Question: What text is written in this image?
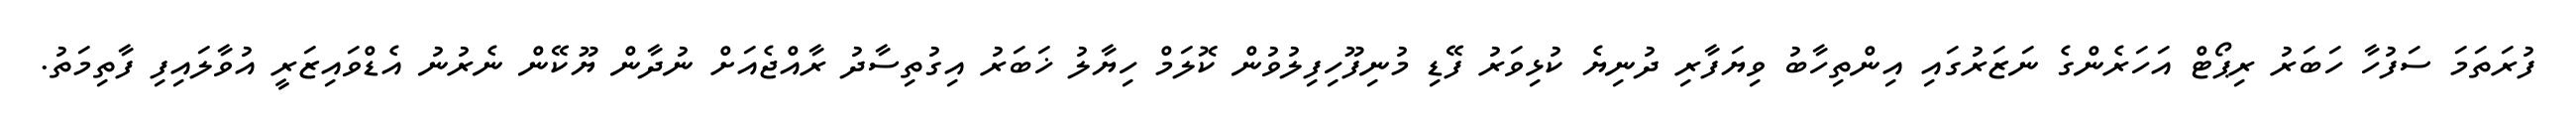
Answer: ފުރަތަމަ ސަފުހާ ހަބަރު ރިޕޯޓް އަހަރެންގެ ނަޒަރުގައި އިންތިހާބު ވިޔަފާރި ދުނިޔެ ކުޅިވަރު ފޭޑި މުނިފޫހިފިލުވުން ކޮލަމް ހިޔާލު ޚަބަރު އިގުތިސާދު ރާއްޖެއަށް ނުދާން ޔޫކޭން ނެރުނު އެޑްވައިޒަރީ އުވާލައިފި ފާތިމަތު.